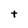
Character: t